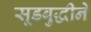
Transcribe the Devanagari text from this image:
सूडबुद्धीने